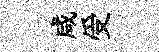
咸受